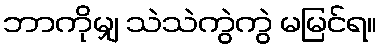
ဘာကိုမျှ သဲသဲကွဲကွဲ မမြင်ရ။